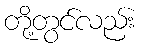
တို့တွင်လည်း